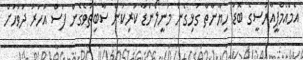
އެމްއެމްޕީއާރުސީގެ ބޮޑު ހިޔާނާތާ ގުޅިގެން މަނީލޯންޑާ ކުރިކަން ސާބިތުވެގެން ފަސް އަހަރު ދުވަހަށް